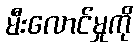
မီးလောင်မှုကို